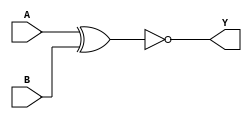
module sky130_fd_sc_ms__xnor2 (
    Y,
    A,
    B
);

    // Module ports
    output Y;
    input  A;
    input  B;

    // Module supplies
    supply1 VPWR;
    supply0 VGND;
    supply1 VPB ;
    supply0 VNB ;

    // Local signals
    wire xnor0_out_Y;

    //   Name   Output       Other arguments
    xnor xnor0 (xnor0_out_Y, A, B           );
    buf  buf0  (Y          , xnor0_out_Y    );

endmodule